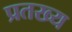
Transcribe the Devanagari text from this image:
प्रतख्य